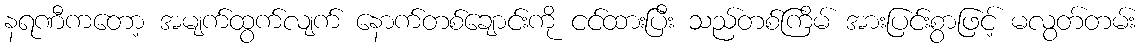
နရဏီကတော့ အမျက်ထွက်လျက် နောက်တစ်ချောင်းကို ငင်ထားပြီး သည်တစ်ကြိမ် အားပြင်းစွာဖြင့် မလွတ်တမ်း